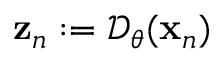
\mathbf z _ { n } : = \mathcal { D } _ { \boldsymbol \theta } ( \mathbf { x } _ { n } )